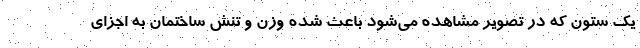
یک ستون که در تصویر مشاهده می‌شود باعث شده وزن و تنش ساختمان به اجزای